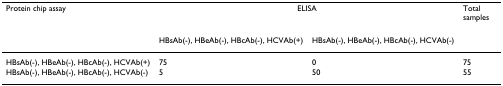
<table><thead><tr><td><b>Protein chip assay</b></td><td colspan="2"><b>ELISA</b></td><td><b>Total samples</b></td></tr><tr><td></td><td><b>HBsAb(-), HBeAb(-), HBcAb(-), HCVAb(+)</b></td><td><b>HBsAb(-), HBeAb(-), HBcAb(-), HCVAb(-)</b></td><td></td></tr></thead><tbody><tr><td>HBsAb(-), HBeAb(-), HBcAb(-), HCVAb(+)</td><td>75</td><td>0</td><td>75</td></tr><tr><td>HBsAb(-), HBeAb(-), HBcAb(-), HCVAb(-)</td><td>5</td><td>50</td><td>55</td></tr></tbody></table>